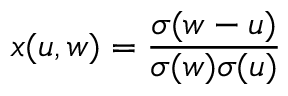
x ( u , w ) = { \frac { \sigma ( w - u ) } { \sigma ( w ) \sigma ( u ) } }